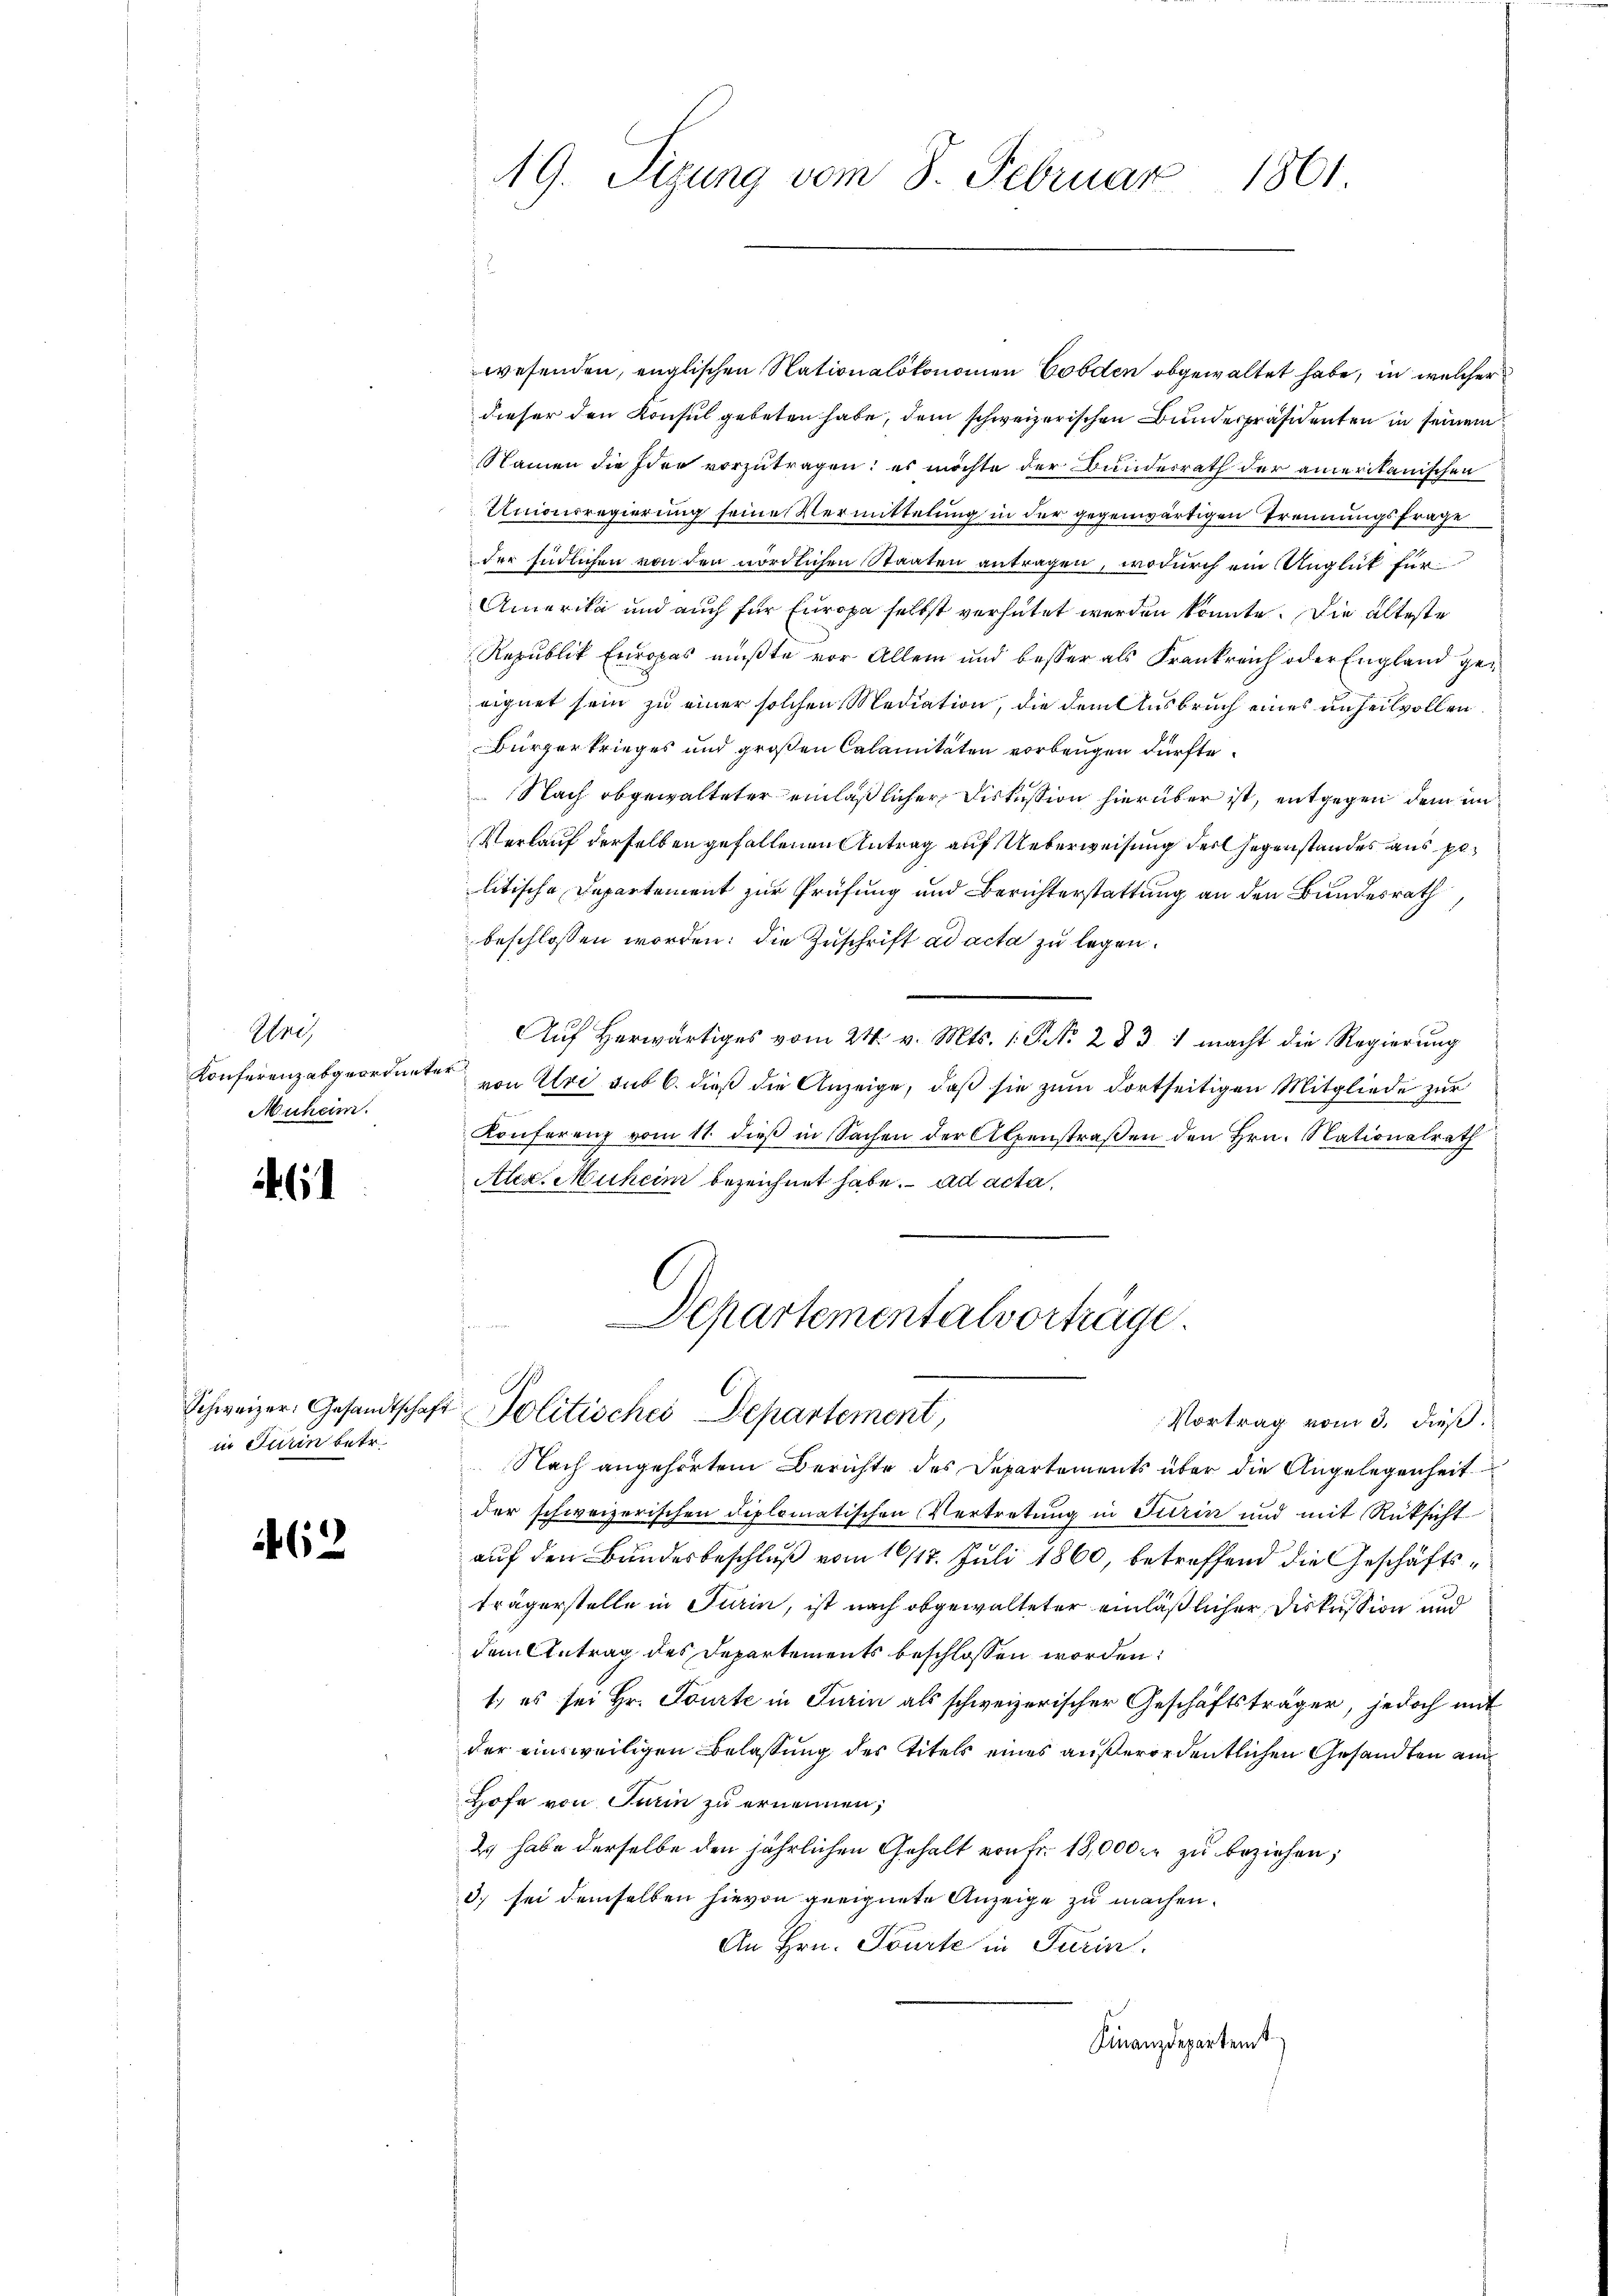
Ihre
Konferenz abgeordnet
Muheim.

41

Schweizer. Gesandtscha
in Turin betr.

(12

19. Sizung vom 8. Februar 1861.

wesenden, englischen Nationalökonomen Corden abgewaltet habe, in welcher
dieser den Konsul gebeten habe, dem schweizerischen Bundespräsidenten in seinem
Namen die Idee vorzutragen: es möchte der Bundesrath der amerikanischen
Unionsregierung seine Vermittelung in der gegenwärtigen Trennungsfrage
der südlichen von den nördlichen Staaten antragen, wodurch ein Anglück für
Amerika und auch für Europa selbst verhütet werden könnte. Die älteste
Republik Europas mußte vor Allem und besser als Frankreich oder England geeignet sein zu einer solchen Mediation, die dem Ausbruch eines unheilvollen
Bürgerkrieges und großen Calamitäten vorbeugen dürfte.
Nach obgewalteter einläßlicher Diskussion hierüber ist, entgegen dem un¬
Verlauf derselben gefallenen Antrag auf Ueberweisung der Gegenstandes aus politische Departement zur Prüfung und Berichterstattung an den Bundesrath
beschlossen worden; die Zuschrift ad acta zu legen.
Aŭf herwärtiges vom 24. v. Mts. 1. No. 283. 1 macht die Regierŭng
r
von Uri sub 6. dieß die Anzeige, daß sie zum dortseitigen Mitgliede zur
Konferenz vom 11. dieß in Sachen der Alpenstraßen den Hrn. Nationalrath
Aler. Muheim bezeichnet habe. ad acta,
Departementalvorträge.
u Politisches Departement,
Vortrag vom 3. dieß
Nach angehörtem Berichte des Departements über die Angelegenheit
der schweizerischen diplomatischen Vertretung in Turin und mit Rüksicht
auf den Bundesbeschluß vom 16/18. Juli 1860, betreffend die Geschäftsträgerstelle in Turin, ist nach obgewalteter einläßlicher Diskussion und
dem Antrag des Departements beschlossen worden:
1., es sei Hr. Tourte in Turin als schweizerischer Geschäftsträger, jedoch mit
der einsweiligen Belassung des Titels eines außerordentlichen Gesandten am
Hofe von Turin zu ernennen,
2 habe derselbe den jährlichen Gehalt von Fr. 18,000 zu beziehen;
d. sei demselben hievon geeignete Anzeige zu machen.
An Hrn. Tourte in Turin.
Finanzdepartent